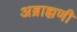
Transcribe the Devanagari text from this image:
अब्राह्मणी